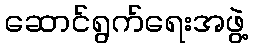
ဆောင်ရွက်ရေးအဖွဲ့